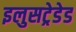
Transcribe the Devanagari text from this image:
इलुसट्रेडेड